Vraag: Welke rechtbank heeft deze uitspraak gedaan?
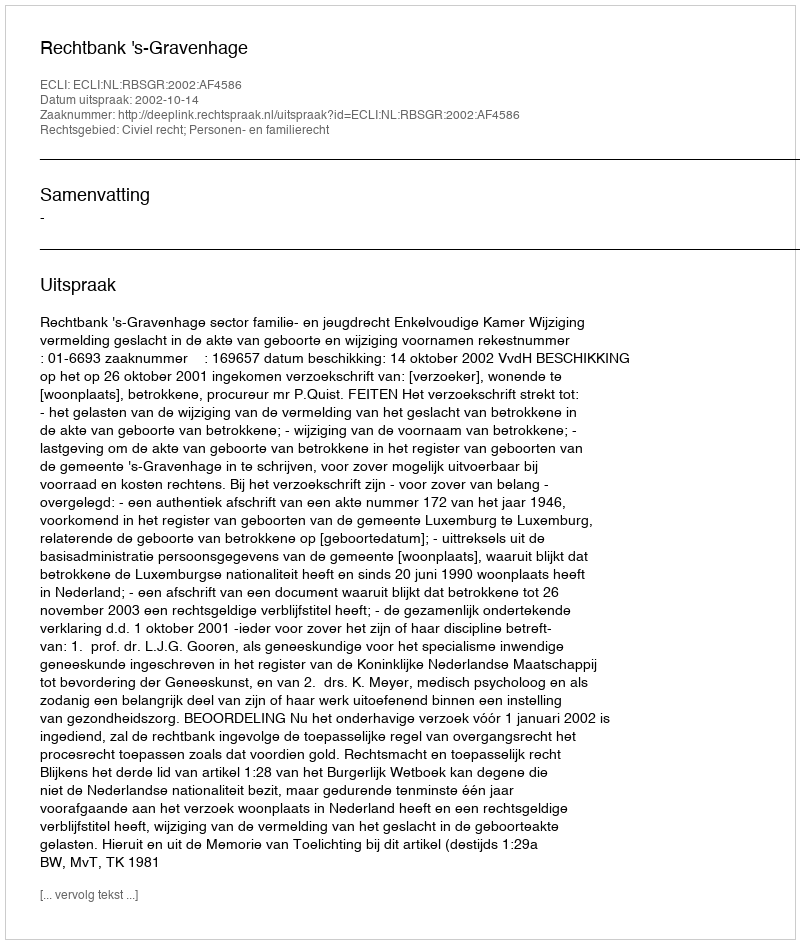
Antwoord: Rechtbank 's-Gravenhage